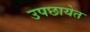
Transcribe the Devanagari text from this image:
उपछायेत